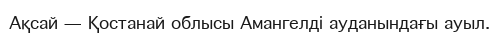
Ақсай — Қостанай облысы Амангелді ауданындағы ауыл.